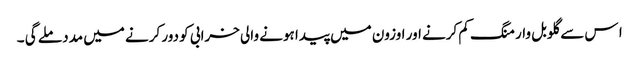
ا س سے گلوبل وارمنگ کم کرنے اور اوزون میں پیدا ہونے والی خرابی کو دور کرنے میں مدد ملے گی ۔